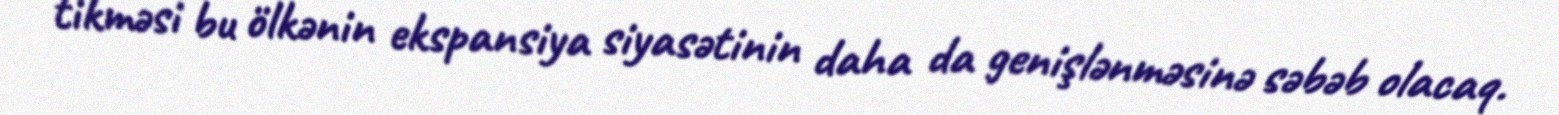
tikməsi bu ölkənin ekspansiya siyasətinin daha da genişlənməsinə səbəb olacaq.